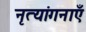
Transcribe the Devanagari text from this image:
नृत्यांगनाएँ